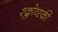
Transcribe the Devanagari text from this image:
श्क्लोव्स्की